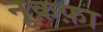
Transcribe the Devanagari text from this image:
नु़क़फ़ा